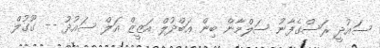
ސައުދީ ރަސްގެފާނު ސަލްމާން ބިން ޢަބްދުލް އަޒީޒް އަލް ސައުދު -- ގޫގުލް